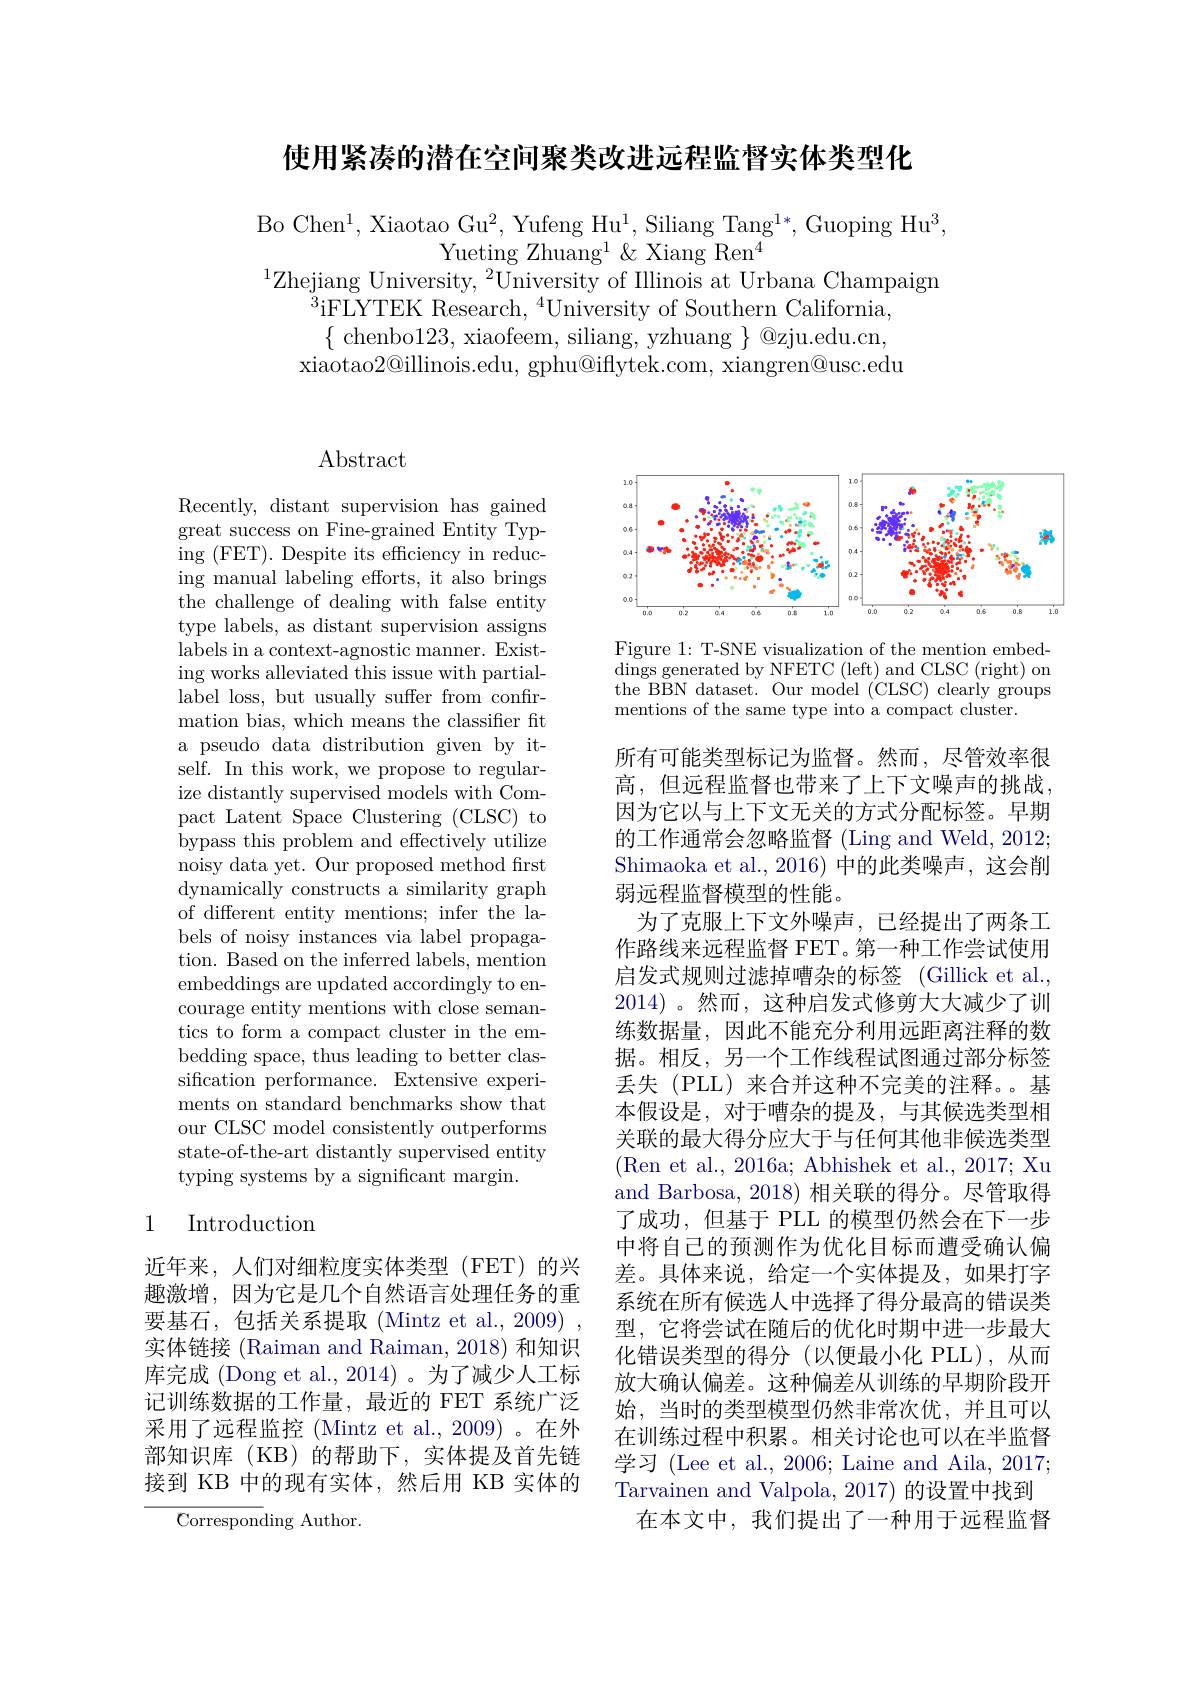
使用紧凑的潜在空间聚类改进远程监督实体类型化

Bo Chen$^1$, Xiaotao Gu$^2$, Yufeng Hu$^1$, Siliang Tang$^1*$, Guoping Hu$^3$,
Yueting Zhuang$^1\&$ Xiang Ren$^4$
$^{1}$Zhejiang University, $^2$University of Illinois at Urbana Champaign

$^{3}$iFLYTEK Research,$^4$University of Southern California, $\{$ chenbo123, xiaofeem, siliang, yzhuang $\}$ @zju.edu.cn,
xiaotao2@illinois.edu, gphu@iflytek.com, xiangren@usc.edu

# Abstract

Recently, distant supervision has gained great success on Fine-grained Entity Typing (FET). Despite its efficiency in reducing manual labeling efforts, it also brings the challenge of dealing with false entity type labels, as distant supervision assigns labels in a context-agnostic manner. Existing works alleviated this issue with partiallabel loss, but usually suffer from confirmation bias, which means the classifier fit a pseudo data distribution given by itself. In this work, we propose to regularize distantly supervised models with Compact Latent Space Clustering (CLSC) to bypass this problem and effectively utilize noisy data yet. Our proposed method frst dynamically constructs a similarity graph of different entity mentions; infer the labels of noisy instances via label propagation. Based on the inferred labels, mention embeddings are updated accordingly to encourage entity mentions with close semantics to form a compact cluster in the embedding space, thus leading to better classification performance. Extensive experiments on standard benchmarks show that our CLSC model consistently outperforms state-of-the-art distantly supervised entity typing systems by a significant margin.

## 1 Introduction

近年来，人们对细粒度实体类型(FET)的兴趣激增，因为它是几个自然语言处理任务的重要基石，包括关系提取(Mintz et al., 2009) 实体链接 (Raiman and Raiman, 2018) 和知识库完成 (Dong et al., 2014) 。为了减少人工标记训练数据的工作量，最近的 FET 系统广泛采用了远程监控 (Mintz et al., 2009) 。在外部知识库(KB)的帮助下，实体提及首先链接到 KB 中的现有实体，然后用 KB 实体的

Corresponding Author.

<FigureHere>

Figure 1: T-SNE visualization of the mention embeddings generated by NFETC ( left) and CLSC ( right) on the BBN dataset. Our model (CLSC) clearly groups mentions of the same type into a compact cluster.

所有可能类型标记为监督。然而，尽管效率很高，但远程监督也带来了上下文噪声的挑战， 因为它以与上下文无关的方式分配标签。早期的工作通常会忽略监督 (Ling and Weld, 2012; Shimaoka et al., 2016) 中的此类噪声，这会削弱远程监督模型的性能。
为了克服上下文外噪声，已经提出了两条工作路线来远程监督 FET。第一种工作尝试使用启发式规则过滤掉嘈杂的标签 (Gillick et al., 2014)。然而，这种启发式修剪大大减少了训练数据量，因此不能充分利用远距离注释的数据。相反，另一个工作线程试图通过部分标签丢失(PLL)来合并这种不完美的注释。基本假设是，对于嘈杂的提及，与其候选类型相关联的最大得分应大于与任何其他非候选类型(Ren et al., 2016a; Abhishek et al., 2017; Xu and Barbosa, 2018) 相关联的得分。尽管取得了成功，但基于 PLL 的模型仍然会在下一步中将自己的预测作为优化目标而遭受确认偏差。具体来说，给定一个实体提及，如果打字系统在所有候选人中选择了得分最高的错误类型，它将尝试在随后的优化时期中进一步最大化错误类型的得分(以便最小化 PLL),从而放大确认偏差。这种偏差从训练的早期阶段开始，当时的类型模型仍然非常次优，并且可以在训练过程中积累。相关讨论也可以在半监督学 习 ( Lee et al. , 2006; Laine and Aila, 2017; Tarvainen and Valpola, 2017) 的设置中找到
在本文中，我们提出了一种用于远程监督